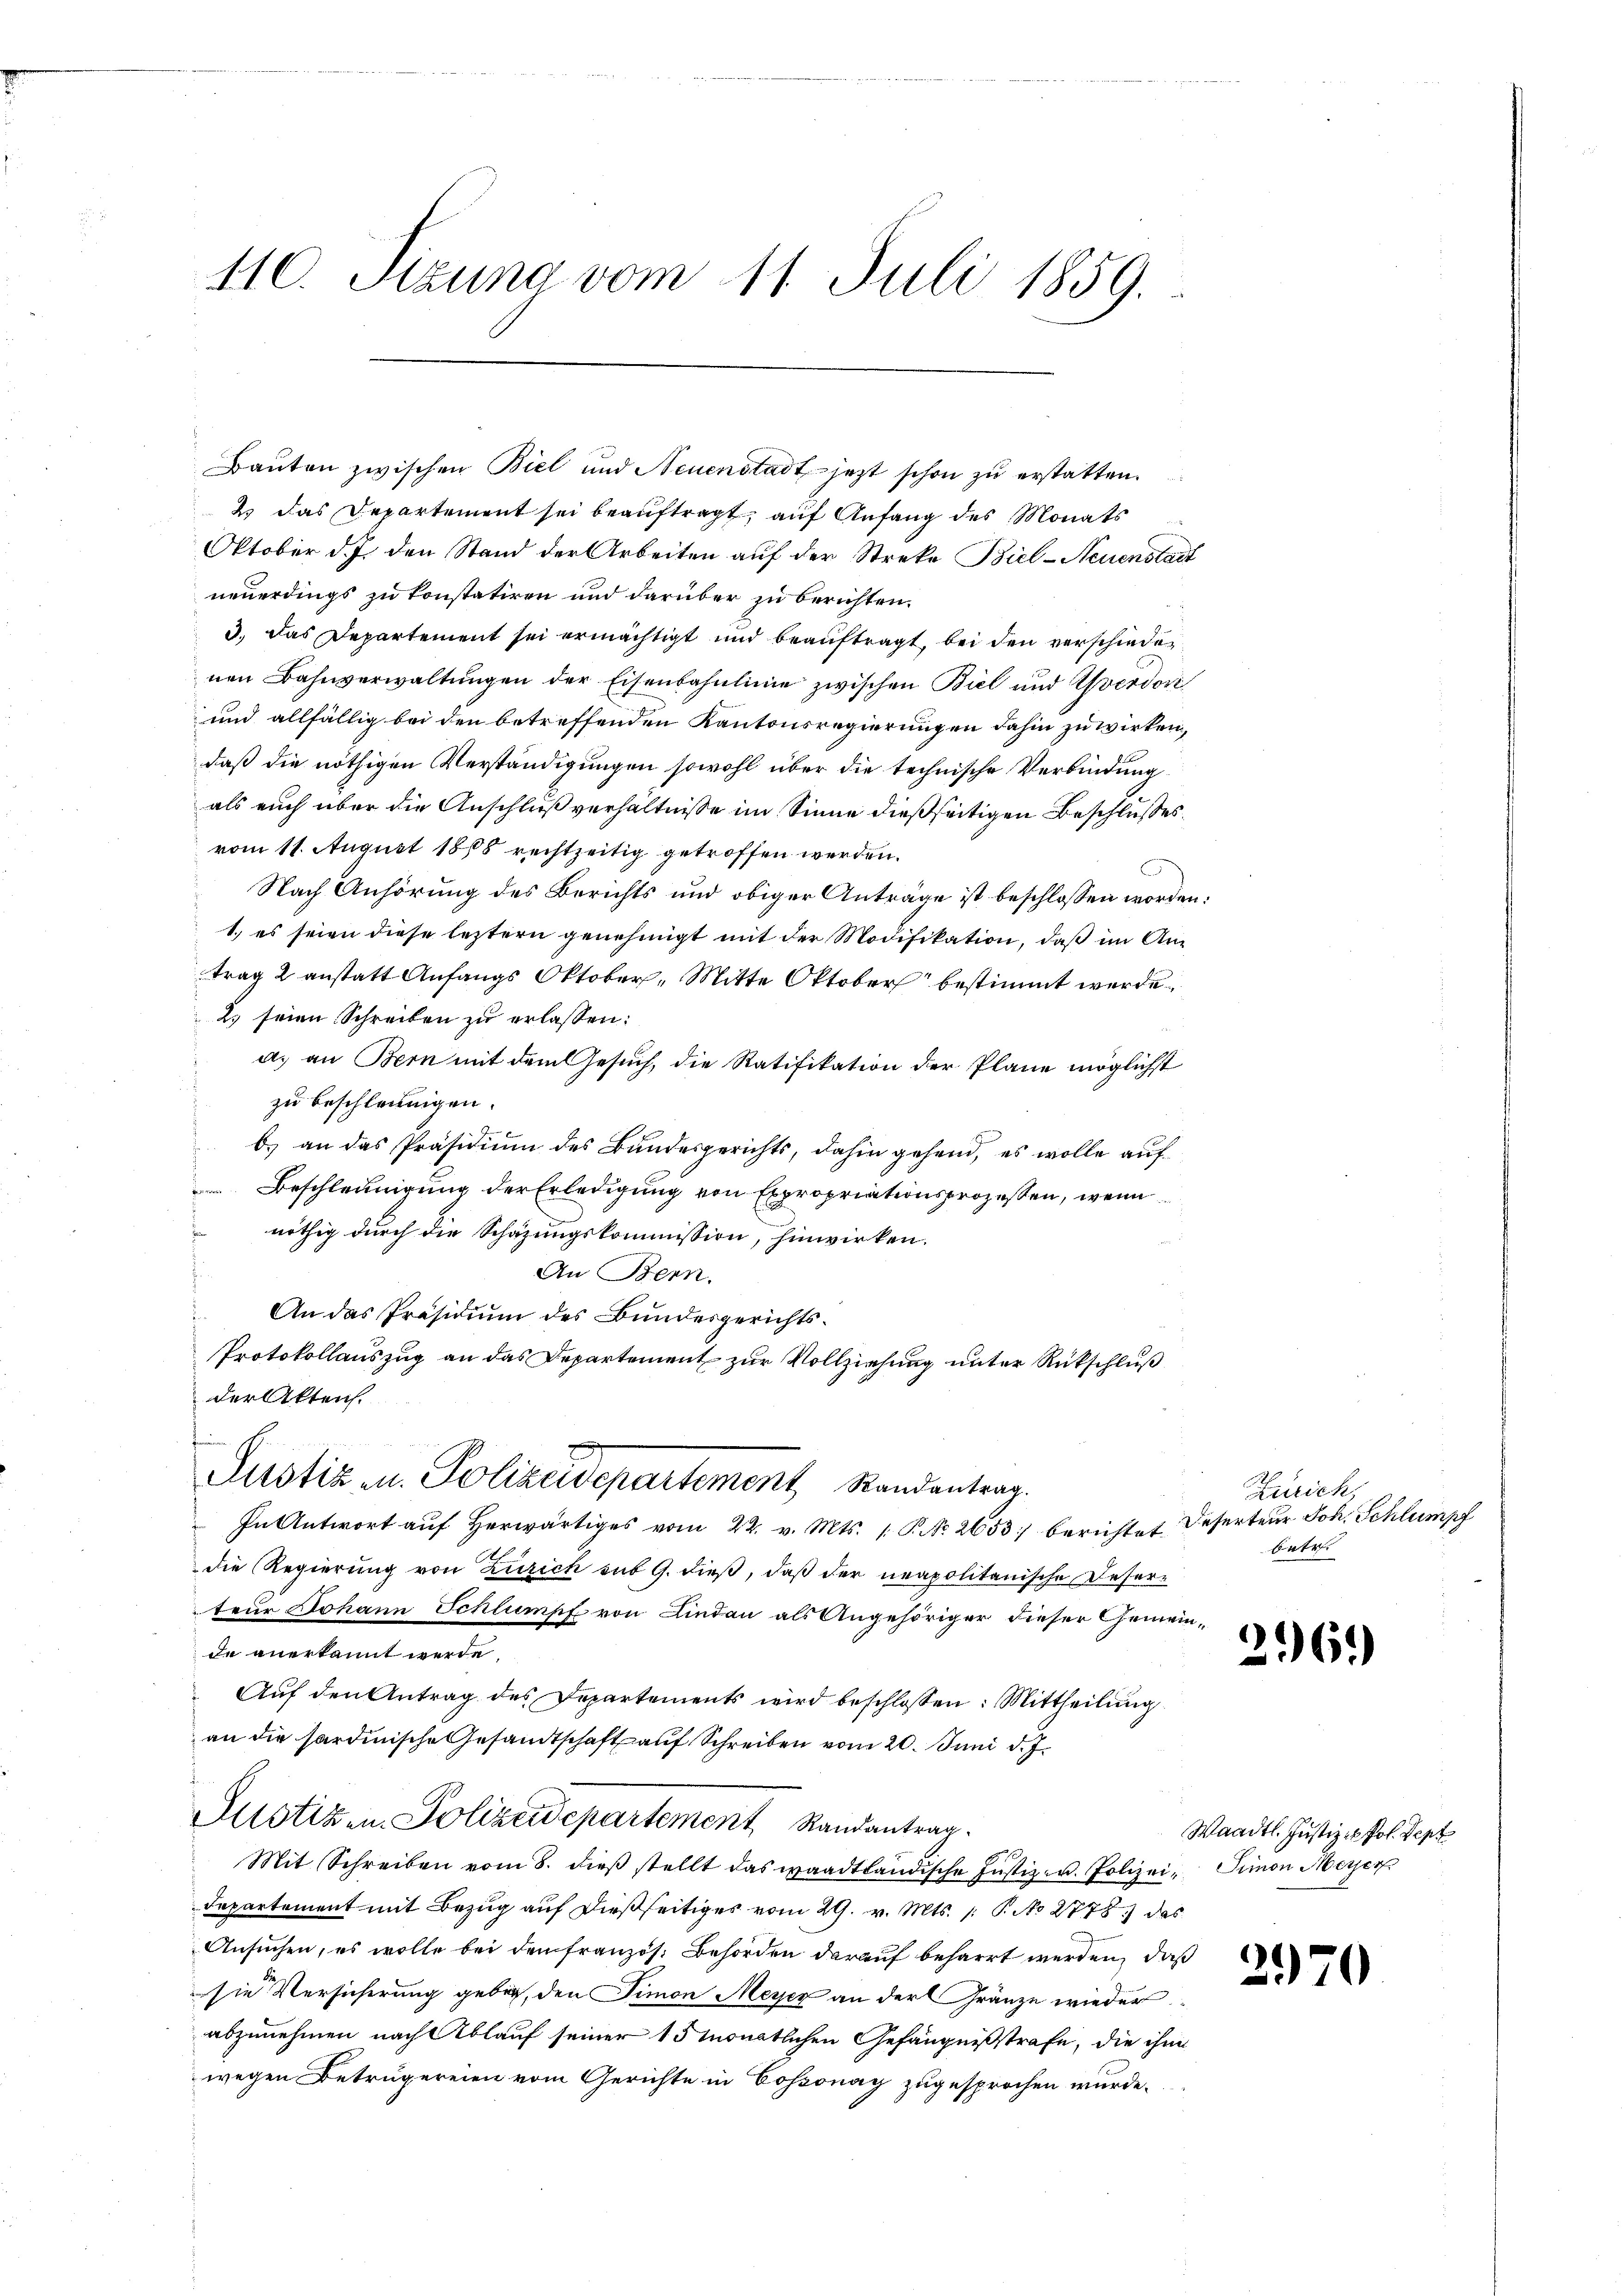
110. Sizung vom 11. Juli 1859.

Bauten zwischen Biel und Neuenstadt jetzt schon zu erstatten.
2 das Departement sei beauftragt, auf Anfang des Monats
Oktober d.J. den Stand der Arbeiten auf der Streke Biel-Neuenstadt
neuerdings zu konstatiren und darüber zu berichten.
3.) Das Departement sei ermächtigt und beauftragt, bei den verschieden
nen Bahnverwaltungen der Eisenbahnlinie zwischen Biel und Yverdor
und allfällig bei den betreffenden Kantonsregierungen dahin zu wirken,
daß die nöthigen Verständigungen sowohl über die technische Verbindung
als auch über die Anschlußverhältnisse im Sinne dießseitigen Beschlusses.
vom 11. August 1868 rechtzeitig getroffen werden.
Nach Anhörung des Berichts und obiger Anträge ist beschlossen worden.
1.) es seien diese leztern genehmigt mit der Modifikation, daß im Antrag 2 anstatt Anfangs Oktober, Mitte Oktober bestimmt werde.
2. seien Schreiben zu erlassen:
a. an Bern mit dem Gesuch, die Ratifikation der Plane möglichst
zu beschleunigen.
b.) an das Präsidium des Bundesgerichts, dahin gehend, es wolle auf
Beschleunigung der Erledigung von Expropriationsprozessen, wenn
nöthig durch die Schazungskommission, hinwirken.
An Bern.
An das Präsidium des Bundesgerichts¬
Protokollauszug an das Departement zur Vollziehung unter Rückschluß
der Akten.

Justiz u. Polizeidepartement Standentrag.
In Antwort aŭf herwärtiges vom 22. v. Mts. 1. P. No. 2653) berichtet Deserteur Joh. Schlumpf

die Regierung von Zürich sub 9. dieß, daß der neapolitanische Deserteur Johann Schlumpf von Lindau als Angehöriger dieser Gemeinde anerkannt werde.
Auf den Antrag des Departements wird beschlossen: Mittheilung
an die hardinische Gesandtschaft auf Schreiben vom 20. Juni d. J.
Justizen Polizeidepartement Randantrag.
Mit Schreiben vom 8. dieβ stellt das waadtländische Justiz- u. Polizei, Simon Meyer
Departement mit Bezug auf dießseitiges vom 29. v. Mts. 1 P. No 2778) das
Ansuchen, es wolle bei den französ. Behörden darauf beharrt werden, daß
sie Versicherung geben, den Simon Meyer an der Gränze wieder
abzunehmen nach Ablauf seiner 15 Monatlichen Gefängnißstrafe, die ihm
wegen Betrugereien vom Gerichte in Cossonay zugesprochen wurde.

Zürich,
betr.

261)

Waadt. Justiz- & Pol. Sept

3970